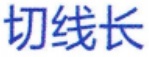
切线长